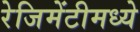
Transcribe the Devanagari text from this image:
रेजिमेंटीमध्ये